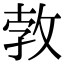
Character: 㪍